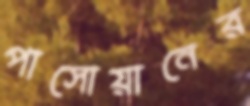
পাসোয়ানের